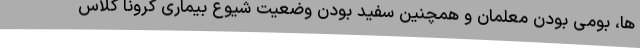
ها، بومی بودن معلمان و همچنین سفید بودن وضعیت شیوع بیماری کرونا کلاس